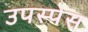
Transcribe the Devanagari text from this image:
उपस्पेस